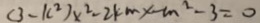
( 3 - k ^ { 2 } ) x ^ { 2 } - 2 k m x - m ^ { 2 } - 3 = 0